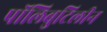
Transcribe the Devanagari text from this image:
पॉलिबुटिलीन